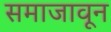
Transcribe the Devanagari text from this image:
समाजावून